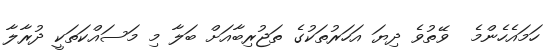
ހަމައެހެންމެ  ވޭތުވެ ދިޔަ އަހަރުތަކުގެ ތަޖުރިބާއަށް ބަލާ މި މަސައްކަތަކީ ދުރާާލާ